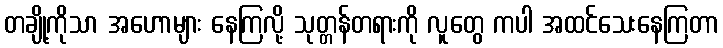
တချို့ကိုသာ အဟောများ နေကြလို့ သုတ္တန်တရားကို လူတွေ ကပါ အထင်သေးနေကြတာ